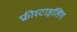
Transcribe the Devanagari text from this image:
फ्रीस्टाइलिंग